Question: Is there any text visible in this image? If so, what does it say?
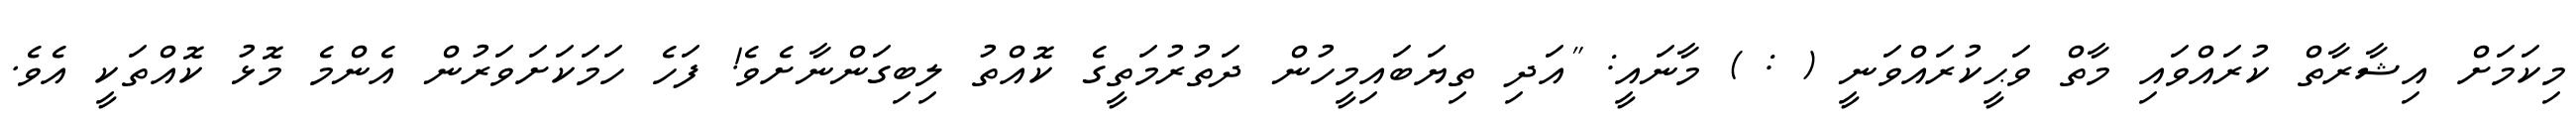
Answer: މިކަމަށް އިޝާރާތް ކުރައްވައި މާތް ވަޙީކުރައްވަނީ ( : ) މާނައީ: "އަދި ތިޔަބައިމީހުން ދަތުރުމަތީގެ ކޮއްތު ލިބިގަންނާށެވެ! ފަހެ ހަމަކަށަވަރުން އެންމެ މޮޅު ކޮއްތަކީ އެވެ.